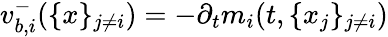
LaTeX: v_{b,i}^{-}(\{ x\} _{j\neq i})=-\partial_{t}m_{i}(t,\{ x_{j}\} _{j\neq i})